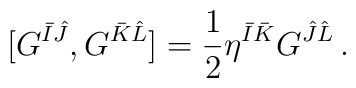
[G^{\bar{I}\hat{J}},G^{\bar{K}\hat{L}}]={1\over 2}\eta^{\bar{I}\bar{K}}G^{\hat{J}\hat{L}}\,.